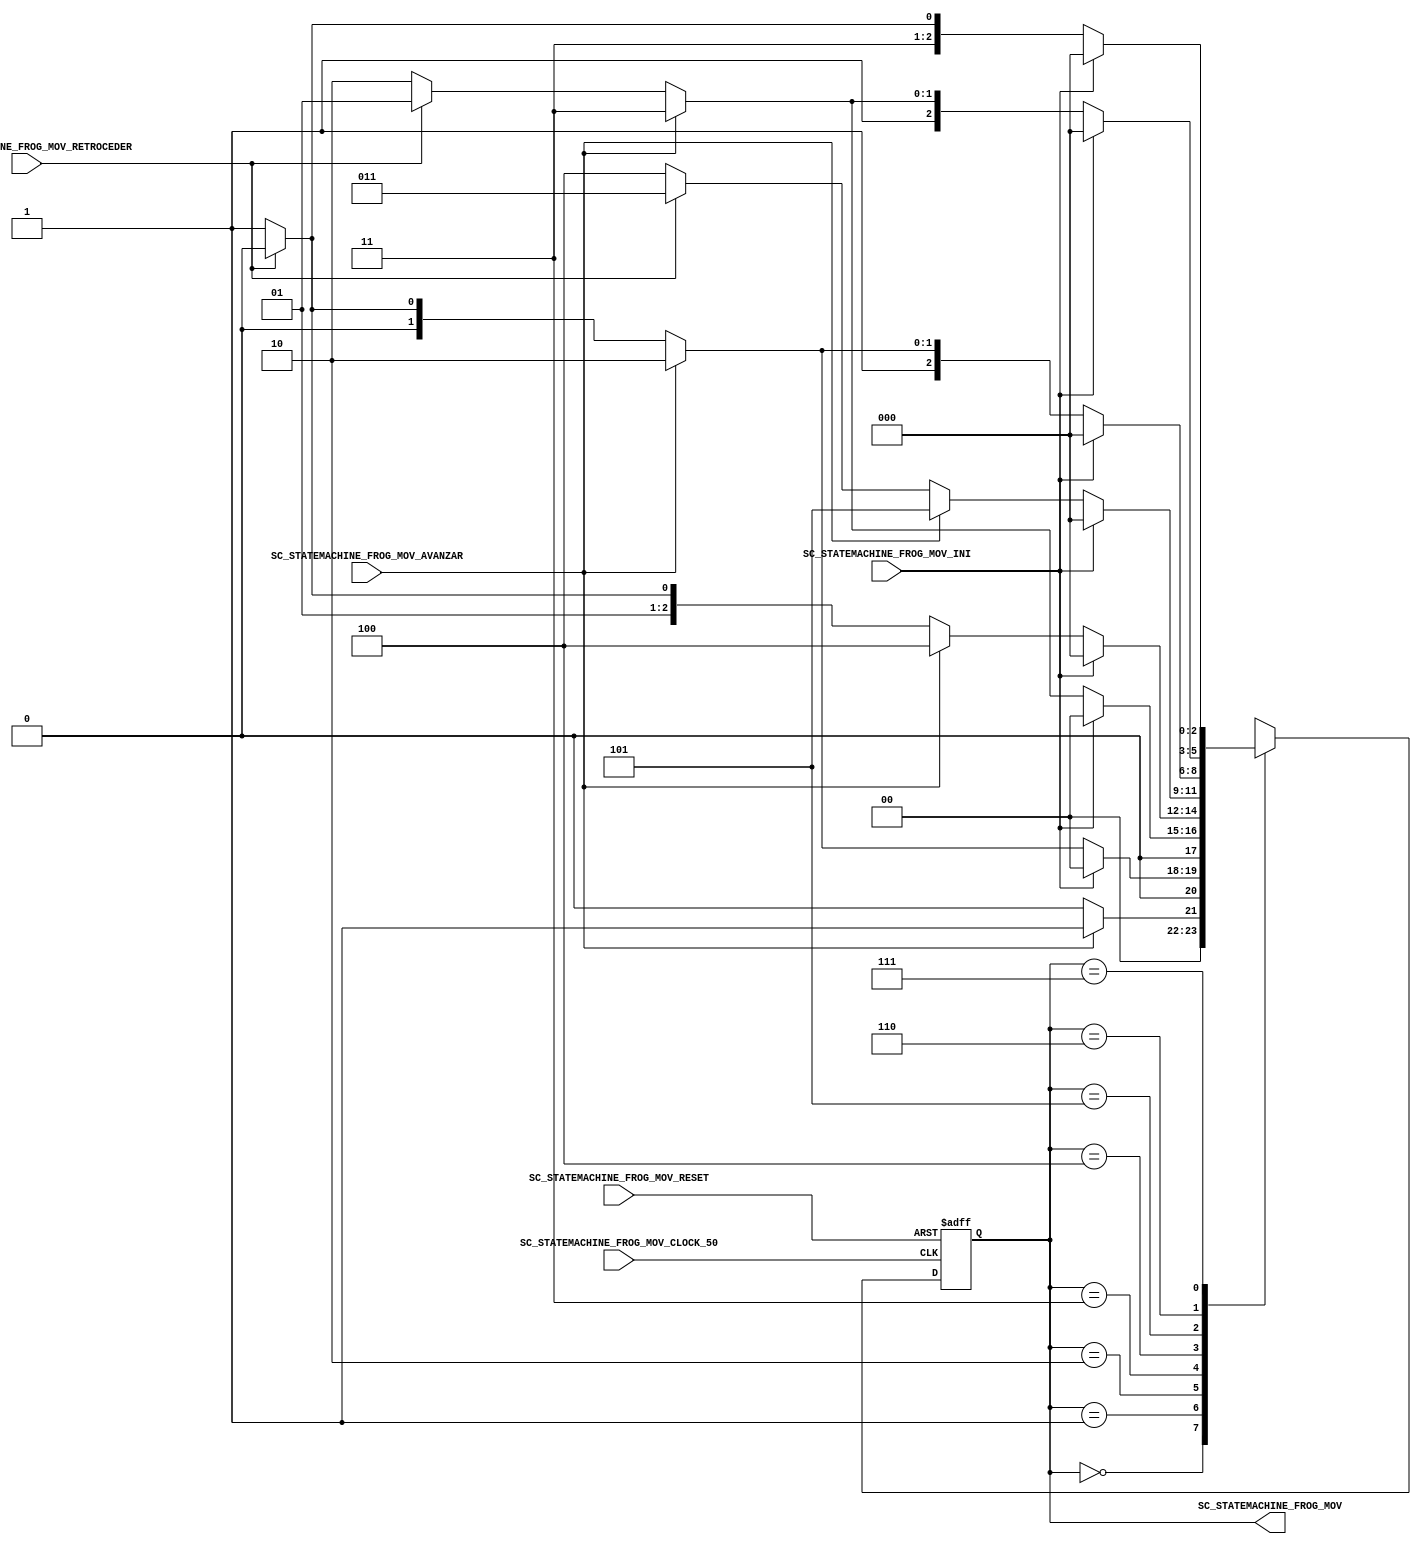
//=======================================================
//  MODULE Definition
//=======================================================
module SC_STATEMACHINE_FROG_MOV (
//////////// OUTPUTS //////////
	SC_STATEMACHINE_FROG_MOV,
//////////// INPUTS //////////
	SC_STATEMACHINE_FROG_MOV_AVANZAR,
	SC_STATEMACHINE_FROG_MOV_RETROCEDER,
	SC_STATEMACHINE_FROG_MOV_INI,
	SC_STATEMACHINE_FROG_MOV_CLOCK_50,
	SC_STATEMACHINE_FROG_MOV_RESET
);
//=======================================================
//  PARAMETER declarations
//=======================================================
// states declaration
	parameter Posicion0 = 3'b000;
	parameter Posicion1 = 3'b001;
	parameter Posicion2 = 3'b010;
	parameter Posicion3 = 3'b011;
	parameter Posicion4 = 3'b100;
	parameter Posicion5 = 3'b101;
	parameter Posicion6 = 3'b110;
	parameter Posicion7 = 3'b111;
	
	parameter DATAWIDTH_POS=3;
	
//=======================================================
//  PORT declarations
//=======================================================
	output reg [DATAWIDTH_POS-1:0] SC_STATEMACHINE_FROG_MOV;
	input SC_STATEMACHINE_FROG_MOV_AVANZAR;
	input SC_STATEMACHINE_FROG_MOV_RETROCEDER;
	input SC_STATEMACHINE_FROG_MOV_INI;
	input SC_STATEMACHINE_FROG_MOV_CLOCK_50;
	input	SC_STATEMACHINE_FROG_MOV_RESET;
//=======================================================
//  REG/WIRE declarations
//=======================================================
reg [2:0] St_Register;
reg [2:0] St_Signal;
//=======================================================
//  Structural coding
//=======================================================
//-------INPUT LOGIC: COMBINATIONAL-----------------------------
// NEXT STATE LOGIC : COMBINATIONAL
	always @(*)
	case (St_Register)
		Posicion0: if(SC_STATEMACHINE_FROG_MOV_AVANZAR == 1'b1)
						  St_Signal =  Posicion1;
					  else St_Signal = Posicion0; //MANTIENE EL ESTADO.
		Posicion1: if (SC_STATEMACHINE_FROG_MOV_INI == 1'b1)
						  St_Signal =  Posicion0;
					  else if(SC_STATEMACHINE_FROG_MOV_AVANZAR == 1'b1)
						  St_Signal =  Posicion2;
					  else if(SC_STATEMACHINE_FROG_MOV_RETROCEDER == 1'b1)
						  St_Signal =  Posicion0;
					  else St_Signal = Posicion1; //MANTIENE EL ESTADO.
		Posicion2: if (SC_STATEMACHINE_FROG_MOV_INI == 1'b1)
						  St_Signal =  Posicion0;
					  else if(SC_STATEMACHINE_FROG_MOV_AVANZAR == 1'b1)
						  St_Signal =  Posicion3;
					  else if(SC_STATEMACHINE_FROG_MOV_RETROCEDER == 1'b1)
						  St_Signal =  Posicion1;
					  else St_Signal = Posicion2; //MANTIENE EL ESTADO. 
		Posicion3: if (SC_STATEMACHINE_FROG_MOV_INI == 1'b1)
						  St_Signal =  Posicion0;
					  else if(SC_STATEMACHINE_FROG_MOV_AVANZAR == 1'b1)
						  St_Signal =  Posicion4;
					  else if(SC_STATEMACHINE_FROG_MOV_RETROCEDER == 1'b1)
						  St_Signal =  Posicion2;
					  else St_Signal = Posicion3; //MANTIENE EL ESTADO.
		Posicion4: if (SC_STATEMACHINE_FROG_MOV_INI == 1'b1)
						  St_Signal =  Posicion0;
					  else if(SC_STATEMACHINE_FROG_MOV_AVANZAR == 1'b1)
						  St_Signal =  Posicion5;
					  else if(SC_STATEMACHINE_FROG_MOV_RETROCEDER == 1'b1)
						  St_Signal =  Posicion3;
					  else St_Signal = Posicion4; //MANTIENE EL ESTADO.;
		Posicion5: if (SC_STATEMACHINE_FROG_MOV_INI == 1'b1)
						  St_Signal =  Posicion0;
					  else if(SC_STATEMACHINE_FROG_MOV_AVANZAR == 1'b1)
						  St_Signal =  Posicion6;
					  else if(SC_STATEMACHINE_FROG_MOV_RETROCEDER == 1'b1)
						  St_Signal =  Posicion4;
					  else St_Signal = Posicion5; //MANTIENE EL ESTADO.
		Posicion6: if (SC_STATEMACHINE_FROG_MOV_INI == 1'b1)
						  St_Signal =  Posicion0;
					  else if(SC_STATEMACHINE_FROG_MOV_AVANZAR == 1'b1)
						  St_Signal =  Posicion7;
					  else if(SC_STATEMACHINE_FROG_MOV_RETROCEDER == 1'b1)
						  St_Signal =  Posicion5;
					  else St_Signal = Posicion6; //MANTIENE EL ESTADO.
		Posicion7: if (SC_STATEMACHINE_FROG_MOV_INI == 1'b1)
						  St_Signal =  Posicion0;
					  else if(SC_STATEMACHINE_FROG_MOV_RETROCEDER == 1'b1)
						  St_Signal =  Posicion6;
					  else St_Signal = Posicion7; //MANTIENE EL ESTADO.		  
	default : St_Signal =  Posicion0;
	endcase

//-------STATE REGISTER : SEQUENTIAL----------------------------
	always @ ( posedge SC_STATEMACHINE_FROG_MOV_CLOCK_50 , posedge SC_STATEMACHINE_FROG_MOV_RESET)
		if (SC_STATEMACHINE_FROG_MOV_RESET==1)
			St_Register <= Posicion0;
		else
			St_Register <= St_Signal;

//=======================================================
//  Outputs
//=======================================================
//-----------OUTPUT LOGIC : COMBINATIONAL -------------------------
	always @ (*)
	SC_STATEMACHINE_FROG_MOV=St_Register;


endmodule